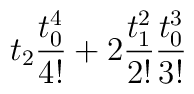
t_2 \frac{t_0^4}{4!}+ 2 \frac{t_1^2}{2!} \frac{t_0^3}{3!}